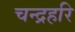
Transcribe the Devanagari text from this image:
चन्द्रहरि